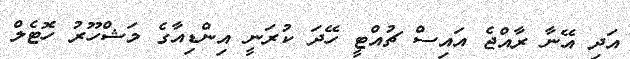
އަދި އޭނާ ރާއްޖެ އައިސް ޗުއްޓީ ހޭދަ ކުރަނީ އިންޑިއާގެ މަޝްހޫރު ހޮޓެލް